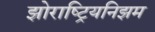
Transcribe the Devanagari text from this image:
झोराष्ट्रियनिझम